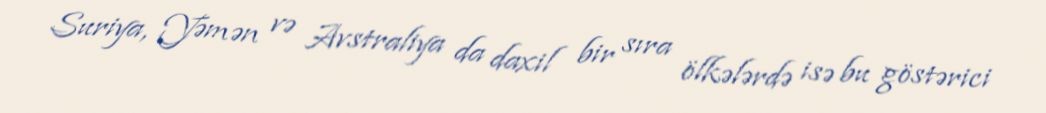
Suriya, Yəmən və Avstraliya da daxil bir sıra ölkələrdə isə bu göstərici